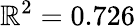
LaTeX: \mathbb{R}^{2}=0.726